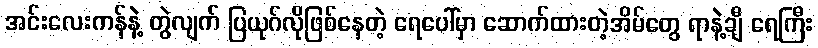
အင်းလေးကန်နဲ့ တွဲလျက် ပြယုဂ်လိုဖြစ်နေတဲ့ ရေပေါ်မှာ ဆောက်ထားတဲ့အိမ်တွေ ရာနဲ့ချီ ရေကြီး